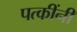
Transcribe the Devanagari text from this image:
पत्कींनी